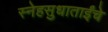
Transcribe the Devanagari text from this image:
स्नेहसुधाताईंचे